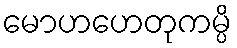
မောဟဟေတုကမ္ပိ